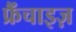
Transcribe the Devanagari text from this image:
फ्रैंचाइज़